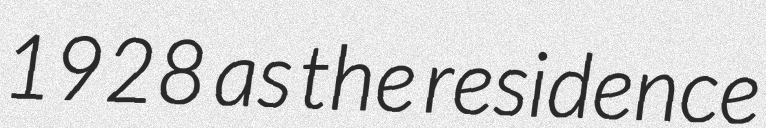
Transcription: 1928 as the residence